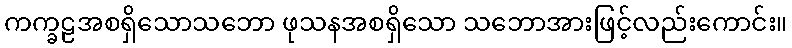
ကက္ခဠအစရှိသောသဘော ဖုသနအစရှိသော သဘောအားဖြင့်လည်းကောင်း။